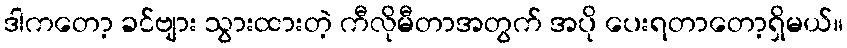
ဒါကတော့ ခင်ဗျား သွားထားတဲ့ ကီလိုမီတာအတွက် အပို ပေးရတာတော့ရှိမယ်။